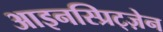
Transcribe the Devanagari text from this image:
आइनस्प्रिट्ज़ेन